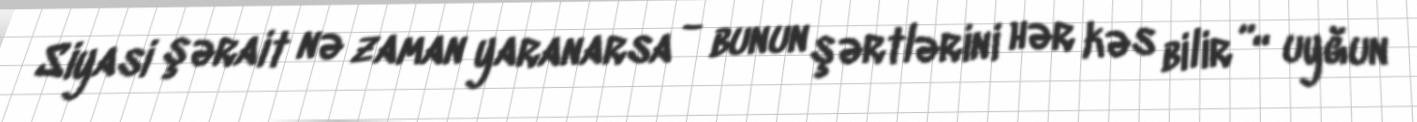
Siyasi şərait nə zaman yaranarsa - bunun şərtlərini hər kəs bilir ”“ uyğun